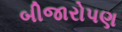
બીજારોપણ